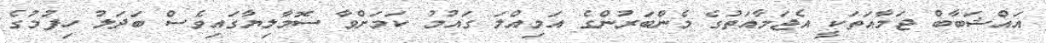
އައްޝަބާބް ޖަމާއަތަކީ އެޖަމާއަތުގެ މެންބަރުންގެ އަމިއްލަ ގައުމު ކަމަށްވާ ސޮމާލިޔާގައިވެސް ބަދަލު ހިފުމުގެ